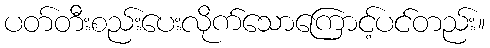
ပတ်တီးစည်းပေးလိုက်သောကြောင့်ပင်တည်း။